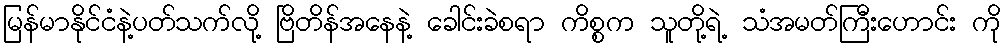
မြန်မာနိုင်ငံနဲ့ပတ်သက်လို့ ဗြိတိန်အနေနဲ့ ခေါင်းခဲစရာ ကိစ္စက သူတို့ရဲ့ သံအမတ်ကြီးဟောင်း ကို